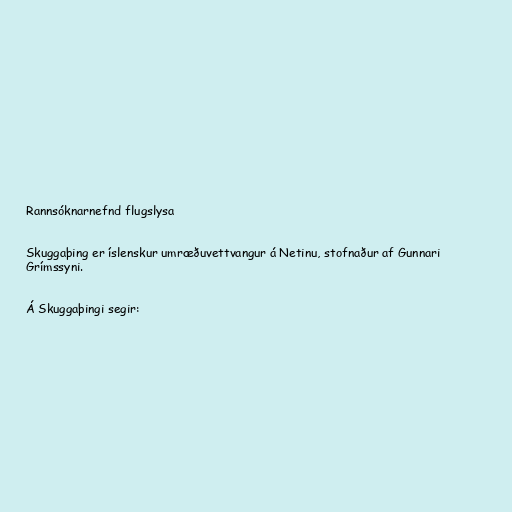
Rannsóknarnefnd flugslysa

Skuggaþing er íslenskur umræðuvettvangur á Netinu, stofnaður af Gunnari
Grímssyni.

Á Skuggaþingi segir: